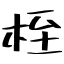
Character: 桎